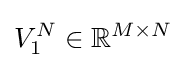
V_{1}^{N}\in \mathbb {R} ^{M\times N}